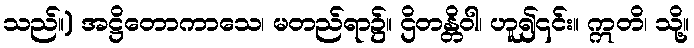
သည်။) အဋ္ဌိတောကာသေ၊ မတည်ရာ၌။ ဌိတန္တိဝါ၊ ဟူ၍၎င်း။ ဣတိ၊ သို့။